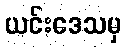
ယင်းဒေသမှ